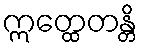
ဣတ္ထေတန္တိ